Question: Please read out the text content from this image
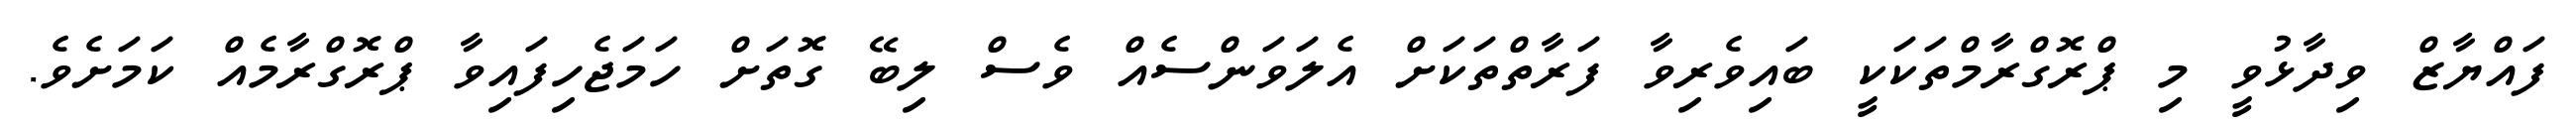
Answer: ފައްޔާޒް ވިދާޅުވީ މި ޕްރޮގްރާމްތަކަކީ ބައިވެރިވާ ފަރާތްތަކަށް އެލަވަންސެއް ވެސް ލިބޭ ގޮތަށް ހަމަޖެހިފައިވާ ޕްރޮގްރާމެއް ކަމަށެވެ.